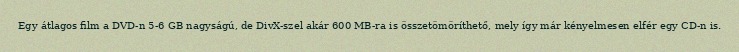
Egy átlagos film a DVD-n 5-6 GB nagyságú, de DivX-szel akár 600 MB-ra is összetömöríthető, mely így már kényelmesen elfér egy CD-n is.